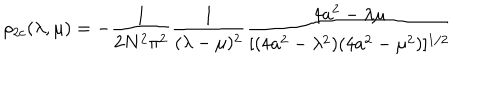
\rho _ { 2 c } ( \lambda , \mu ) = - { \frac { 1 } { 2 N ^ { 2 } \pi ^ { 2 } } } { \frac { 1 } { ( \lambda - \mu ) ^ { 2 } } } { \frac { 4 a ^ { 2 } - \lambda \mu } { [ ( 4 a ^ { 2 } - \lambda ^ { 2 } ) ( 4 a ^ { 2 } - \mu ^ { 2 } ) ] ^ { 1 / 2 } } }